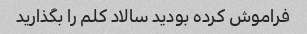
فراموش کرده بودید سالاد کلم را بگذارید